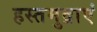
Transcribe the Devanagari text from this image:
हस्तमुद्राएं